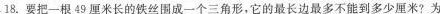
18.要把一根49厘米长的铁丝围成一个三角形，它的最长边最多不能到多少厘米?为